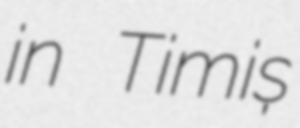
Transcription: in Timiș